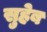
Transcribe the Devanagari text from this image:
सुहेब